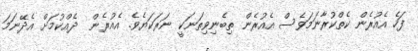
ފަހެ އެއުރެން ކެތްކުރާނަމަވެސް އެއުރެން ތިބެނިވިތަނަކީ ނަރަކަޔެވެ. އެއުރެން  ދެއްކުމަށް އެދޭނަމަ